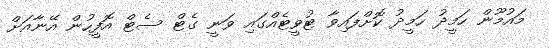
މައުމޫން ހަމީދު ހަމީދު ކޮށްފައިވާ ޓުވީޓެއްގައި ވަނީ ގެޓް ސެޓް އޮފީހުން އޭނާއަށް